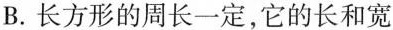
B.长方形的周长一定，它的长和宽